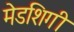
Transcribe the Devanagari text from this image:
मेडशिगी